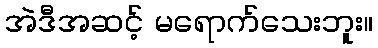
အဲဒီအဆင့် မရောက်သေးဘူး။